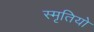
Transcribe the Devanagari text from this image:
स्मृतियो